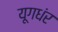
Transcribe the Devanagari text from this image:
यूगधंर